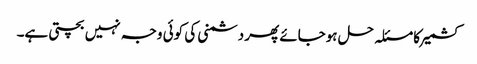
کشمیر کا مسئلہ حل ہوجائے پھر دشمنی کی کوئی وجہ نہیں بچتی ہے۔